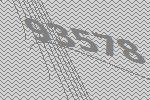
93578